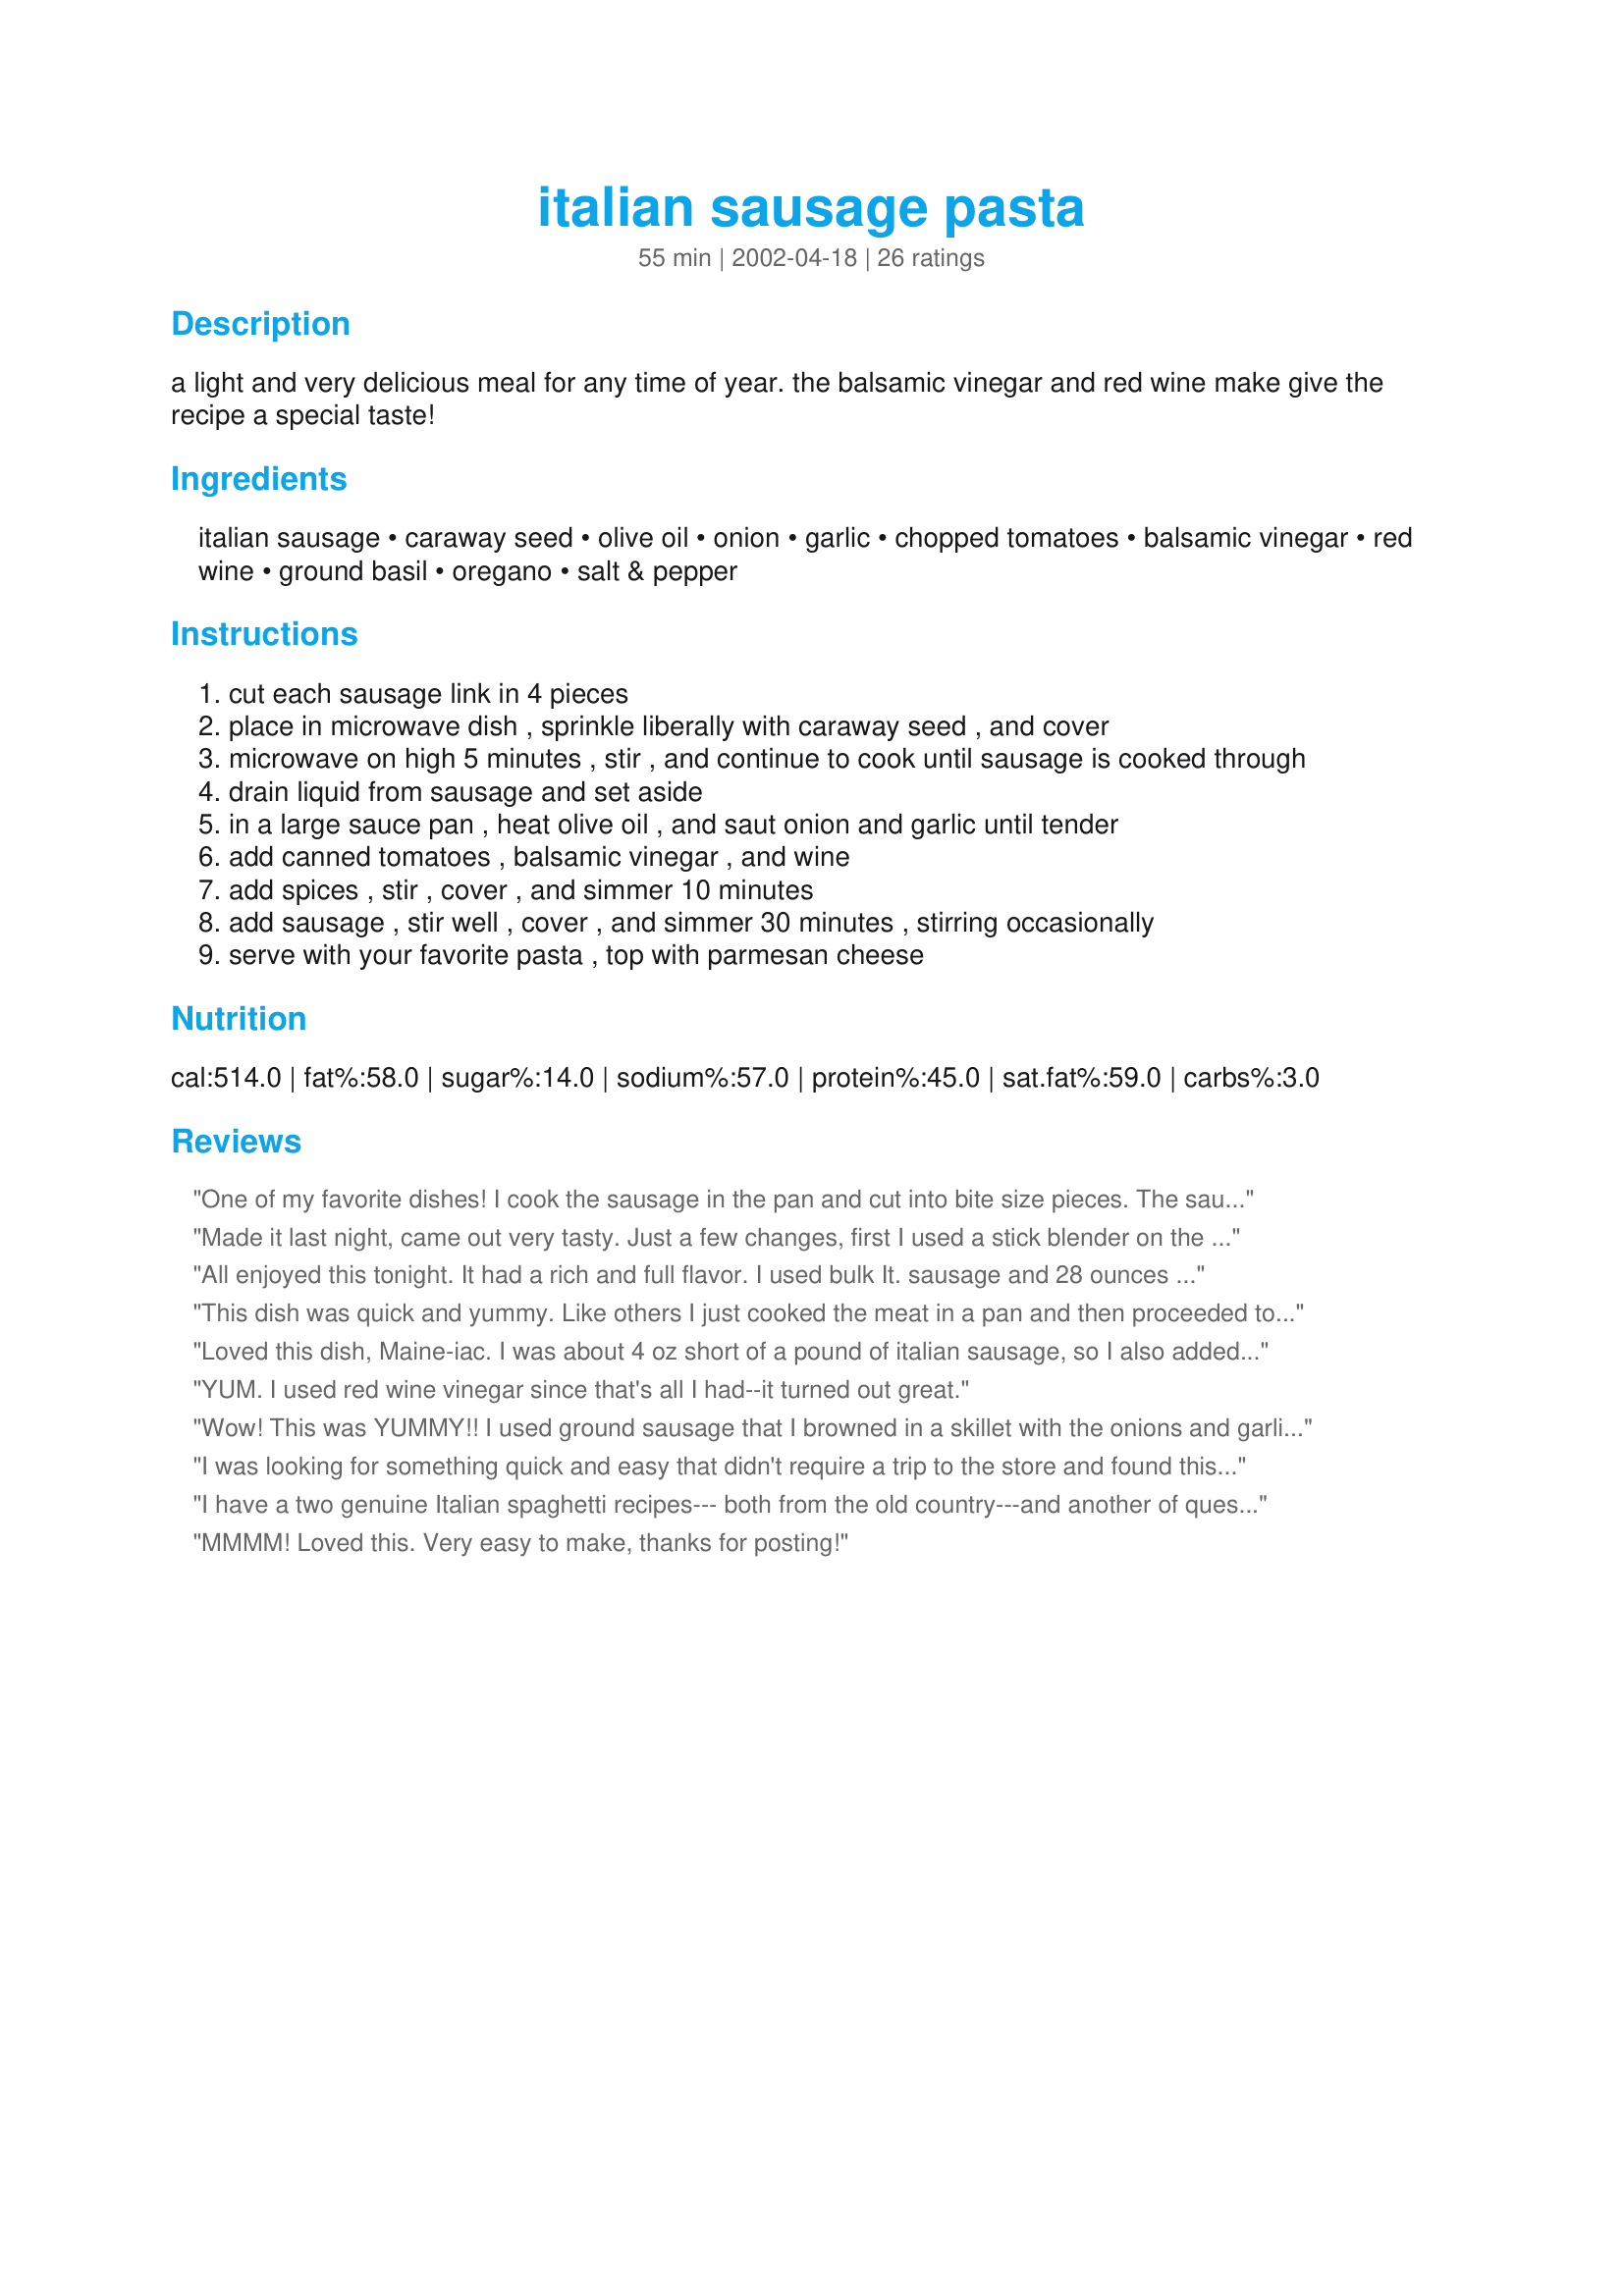
italian sausage pasta
Preparation time: 55 minutes

a light and very delicious meal for any time of year. the balsamic vinegar and red wine make give the recipe a special taste!

Ingredients:
italian sausage, caraway seed, olive oil, onion, garlic, chopped tomatoes, balsamic vinegar, red wine, ground basil, oregano, salt & pepper

Steps:
cut each sausage link in 4 pieces
place in microwave dish , sprinkle liberally with caraway seed , and cover
microwave on high 5 minutes , stir , and continue to cook until sausage is cooked through
drain liquid from sausage and set aside
in a large sauce pan , heat olive oil , and saut onion and garlic until tender
add canned tomatoes , balsamic vinegar , and wine
add spices , stir , cover , and simmer 10 minutes
add sausage , stir well , cover , and simmer 30 minutes , stirring occasionally
serve with your favorite pasta , top with parmesan cheese

Reviews:
One of my favorite dishes! I cook the sausage in the pan and cut into bite size pieces. The sausage is so tender and full of flavor. My entire family (including my 3 year old) enjoys this dish. Thanks for sharing!
Made it last night, came out very tasty. Just a few changes, first I used a stick blender on the canned tomatoes(28 oz) to make a less chunky sauce. Took sausage out of its casing and saute with onions, garlic and the add the spices. Added the wine and vinegar and allowed the alcohol to cook out 2-3 minutes. Then add the tomatoes and simmered. <br/><br/>Even with the changes it did not take too much time to cook, just a little extra prep. And my picky eater loved it enough to ask how I made it, so she came make herself when its her turn to cook. Great Recipe
All enjoyed this tonight. It had a rich and full flavor. I used bulk It. sausage and 28 ounces of tomatoes. Thank you Art for this wonderful recipe. It's a winner.
This dish was quick and yummy. Like others I just cooked the meat in a pan and then proceeded to toss in the onions and garlic from there. I thought the dish was yummy as written for adults, but at the last minute I put in a can of tomato sauce to make more of a sauce and less of a broth for the kids. My husband thought it was glorified spaghetti, so next time I make this dish I will serve it over a different shaped pasta.
Loved this dish, Maine-iac. I was about 4 oz short of a pound of italian sausage, so I also added some chicken breast chunks. Used a 15-oz can of tomatoes, and actually used white rather than red wine because I discovered I didn't have an open bottle of red. Tasty meal over thick spaghetti with garlic bread.
YUM. I used red wine vinegar since that's all I had--it turned out great.
Wow! This was YUMMY!! I used ground sausage that I browned in a skillet with the onions and garlic. Then added the herbs before adding the wine (a Cab-Sav) vinegar and tomatoes. I also added a pinch of red pepper flakes and about 1/2 tsp of sugar. I served it over shell pasta. DH scarfed this down! And DD had seconds. I'm having the leftovers for lunch today. Thanks for the great recipe! :)
I was looking for something quick and easy that didn't require a trip to the store and found this recipe. I substituted bulk sausage and omitted the olive oil, cooking the onions and garlic directly in the sausage pan. I'll probably make this again with more tomatoes and perhaps a little spicier sausage or some red pepper flakes. (I wanted just a little more kick.) Easy prep, easy clean up.
I have a two genuine Italian spaghetti recipes--- both from the old country---and another of questionable origin, but good none-the-less. This recipe ranks right up there with the best. Great flavor. (I fixed it without the caraway seeds.) I love it, and I am fixing it again for tonight.
MMMM! Loved this. Very easy to make, thanks for posting!
Tried this last night and my husband and I both enjoyed it very much. I was pleasantly surprised at the additional sweetness the caraway seeds seemed to make. One question, though: After stirring the microwaved sausages (after the first 5 minutes), the recipe just says &quot;cook until done.&quot; How long is that supposed to be? I was concerned about microwaving them too long. I did about a minute, and that seemed to work, but could have used some specifics there!
This made for a great meal. I used hot Italian sausages (stovetop cooked) over penne pasta. I doubled the recipe, using 2 cans of diced tomatoes (1 regular &amp; the other fire roasted tomatoes with garlic), I felt as though the balsamic vinegar really helped create the depth of flavor this meal had. My daughter found it to be a little too spicy (guess I should have used regular Italian sausage). My family enjoyed this , but despite the fact that it was so easy to pull together, I don&#039;t think it is something we would have a &quot;taste&quot; for on a regular basis (if that makes any sense). Thanks for sharing!
I don't know if I did something wrong but I only put in 2oz of red wine vinegar and 1 tablespoon of balsamic vinegar and it was really acidic (eyes watered as I leant over it on the stove). I added 1 tsp of sugar but just couldn't shake the acidity. My kids (aged 4 & 6) wouldn't eat it. WHOOPS! I just worked out where I went wrong - it is red wine NOT red wine vinegar. Will try again and this time try to make it to the recipe!!!
This is by far one of my favorite recipes ever and it's the 1st one to make it into my recipe box! Extremely easy to make as there aren't many items to prep, extremely easy cleanup...and the taste is elegant and superb. I like to use spicy Italian sausage cut into bite size pieces (instead of cutting it into 4's) with a handful of red pepper flakes thrown into the sauce. Other that that, I follow this recipe exactly as is, served with a side of garlic bread and the rest of the red wine. It's my fiance's favorite meal!
Quick & delicious - what more could you want from a recipe. I just made this dish and had to write a review. I did make a few minor adaptations ( sauteeing the sausage in a pan rather than nuking) but the basics were still there. This one is a keeper.
A very nice sauce. I browned Italian turkey sausage in a seperate pan. I then followed the rest of the recipe but only used 1/2 c. wine because there seemed to be quite a bit of liquid in the sauce already. I agree with the other posts that it needed just a touch of something else... so I added a pinch each of sugar and red pepper flakes. It turned out to be so delicious. Thanks for a great recipe. What a treat!
FANTASTIC! Made as written but used leftover basil-artichoke chicken sausage so I didn't throw that in until the 1/2 hour simmer part. Also added an 8 oz. can of tomato sauce and served it over fettuccini pasta. My husband said it was "restaurant quality" and that he'd make it his birthday meal in a heartbeat. Even my picky 4 1/2 year old liked it well enough. I loved it too. Just a great pasta dish!!!
This was really good! I think the balsamic vinegar made it stand out for me. I used garlic/cheese sausage and it was great. It could have used a little something else but that's easy to experiment with.
Wow! Sooo yummy! I chopped my sausage into 1 inch pieces and browned them in my dutch oven. Proceeded with the recipe in the same pot and got all of the wonderful flavour off the bottom from the sausages. For us, this made 3 large size portions. Would not hesitate to serve this to company, it was that good.
We really liked this recipe! I didn't have the canned diced tomato, but was able to substitute canned whole tomatoes which I cut up. Added some red pepper flakes like some reviewers suggested which gave the recipe a little extra kick. As made, sauce is thicker, which I thought worked great, but I can see if someone wanted a thinner sauce, adding some tomato sauce would work well too. Husband said this would be a great recipe for having friends over (so apparently he liked it enough to share!) LOL
I made this last night. I did not use the caraway seeds because the fennel seeds in the sausage was enough. I didn't have parmesan cheese last night. I cooked the sausage on the stove instead of in the microwave. We didn't like it. I had it for lunch today with the cheese and it made all the difference to me. I think next time I will add a tsp. of sugar to cut down on some of the acid.
I did modify this a bit for what I had on hand (might post the recipe later), but the addition of the balsamic vinegar just absolutely made the whole sauce! Incredible! Thanks, Maine-iac for sharing a really great recipe! I'm going to add Balsamic vinegar to my pasta sauce creations more often as the color and deep, delicious flavor turn an already delicious sauce into something astounding!
My 8 year old daughter and I loved this pasta dish. The sausage I used had been in my fridge a couple of weeks and I cooked it really well (way too well according to my husband). <br/><br/>In any case, I loved the flavor of the sauce and would love to make it again. I was so disappointed that my husband didn't like it (which may have been because I overcooked the sausage).<br/><br/>Thanks for a great recipe, I'll definitely give it another try and hope to convert my DH.
 This is delicious! I made it with the ingredients called for including a large pinch of caraway seeds. I did modify the prep: open sausage casings and sauté in a skillet; add the onions after about 8 minutes and the garlic the last minute or two; add rest of ingredients. Discovered my can of tomatoes was tomato sauce so I chopped and added three medium/small tomatoes instead. After simmering 20 minutes, removed cover to reduce somewhat (fresh tomatoes are watery) for 10 minutes while the pasta cooked. I used good quality balsamic vinegar and wine. Served with freshly grated Romano cheese. And the rest of the red wine! This is the first recipe I added to "My Favorites" cookbook.
I have made this on various occasions, each with great results! My daughters (ages 6 and 4) even eat this without complaints. I have made it using red wine vinegar instead of the balsamic vinegar, and the only other change that I made is that I cook it in a skillet from start to finish (instead of using the microwave to cook the sausages). This is a GREAT recipe and works with all kinds of pasta, although my current preference is fettucine. Thanks for a quick, simple, and absolutely wonderful recipe!
I loved this recipe. I modified the recipe a little bit since I accidentally put in about 8oz. of wine and I noticed that the sauce was going to be too watery. To compensate for the miss, I thickened the sauce with a couple of teaspoons of tomato sauce. I also used fresh basil and left out the caraway seeds. I threw in a couple dashes of tobasco sauce (since I love it) and to get more kick, I put in quite a bit of red pepper. I also didn&#039;t have fresh garlic so just put in some garlic salt to taste. I left the sausage with the casing on which went fine.&lt;br/&gt;&lt;br/&gt;Then, I used rotini for the pasta. I tasted the sauce while it was simmering and it was so flavorful. I loved the dish and will definitely make it again. It was rich with flavor and very easy to make!
